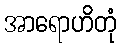
အာရောဟိတုံ